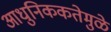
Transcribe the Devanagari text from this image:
आधुनिककतेमुळे